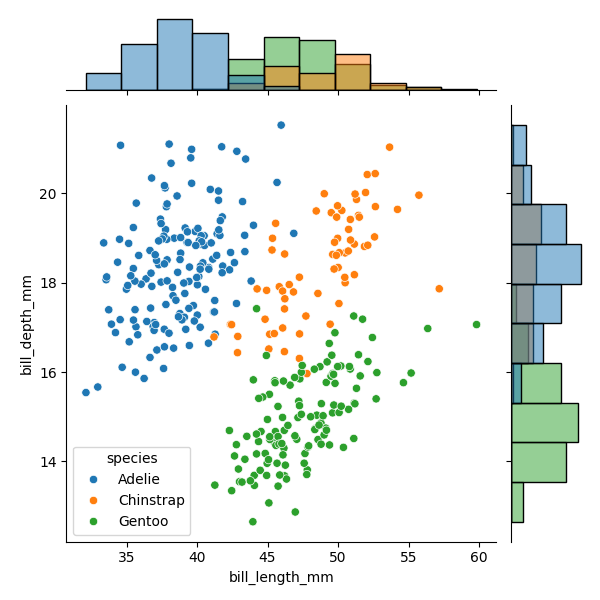
python, seaborn, JointGrid, scatterplot, histplot, hue